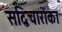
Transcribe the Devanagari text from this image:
सद्विचारोंका